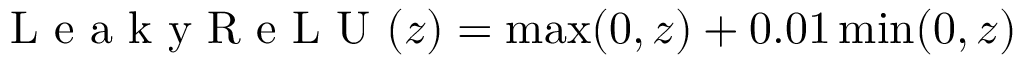
{ \textrm { L e a k y R e L U } } ( z ) = \operatorname* { m a x } ( 0 , z ) + 0 . 0 1 \operatorname* { m i n } ( 0 , z )